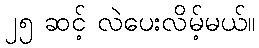
၂၅ ဆင့် လဲပေးလိမ့်မယ်။